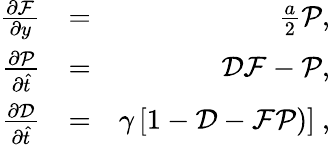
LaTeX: \begin{array}{rlr}{\frac{\partial\mathcal{F}}{\partial y}}&{=}&{\frac{a}{2}\mathcal{P},}\\ {\frac{\partial\mathcal{P}}{\partial\hat{t}}}&{=}&{\mathcal{D}\mathcal{F}-\mathcal{P},}\\ {\frac{\partial\mathcal{D}}{\partial\hat{t}}}&{=}&{\gamma\left[1-\mathcal{D}-\mathcal{F}\mathcal{P})\right]~,}\end{array}